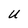
Character: U